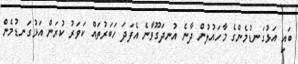
ބައި އަޅުގަނޑުމެންގެ މާހައުލުން ދާނެ އުނދަގޫވާނެ އެފަދަ ހަބަރުތައް ކަވަރު ކުރަން އަޅުގަނޑުމެން